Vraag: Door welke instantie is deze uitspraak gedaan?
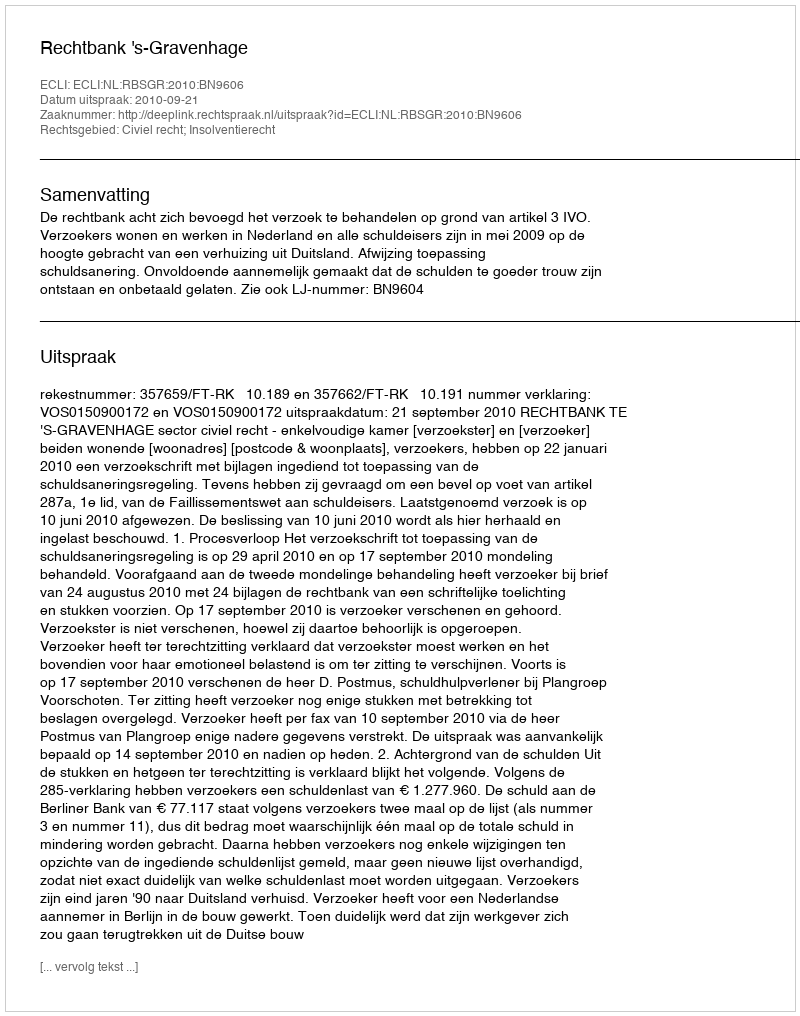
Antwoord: Rechtbank 's-Gravenhage